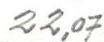
22,07